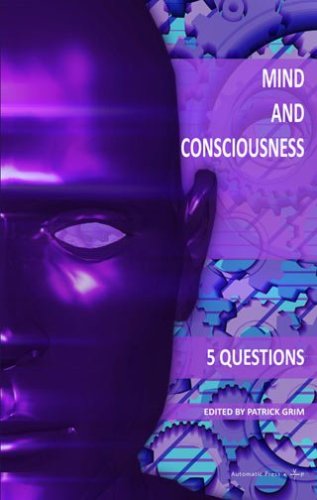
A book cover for Mind and Consciousness: 5 Questions; David Chalmers; Politics & Social Sciences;